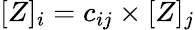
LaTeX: [Z]_{i}=c_{ij}\times[Z]_{j}